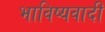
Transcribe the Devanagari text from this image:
भाविष्यवादी